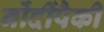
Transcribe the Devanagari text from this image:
नोंदींपैकी